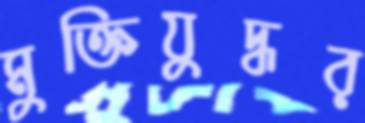
মুক্তিযুদ্ধর